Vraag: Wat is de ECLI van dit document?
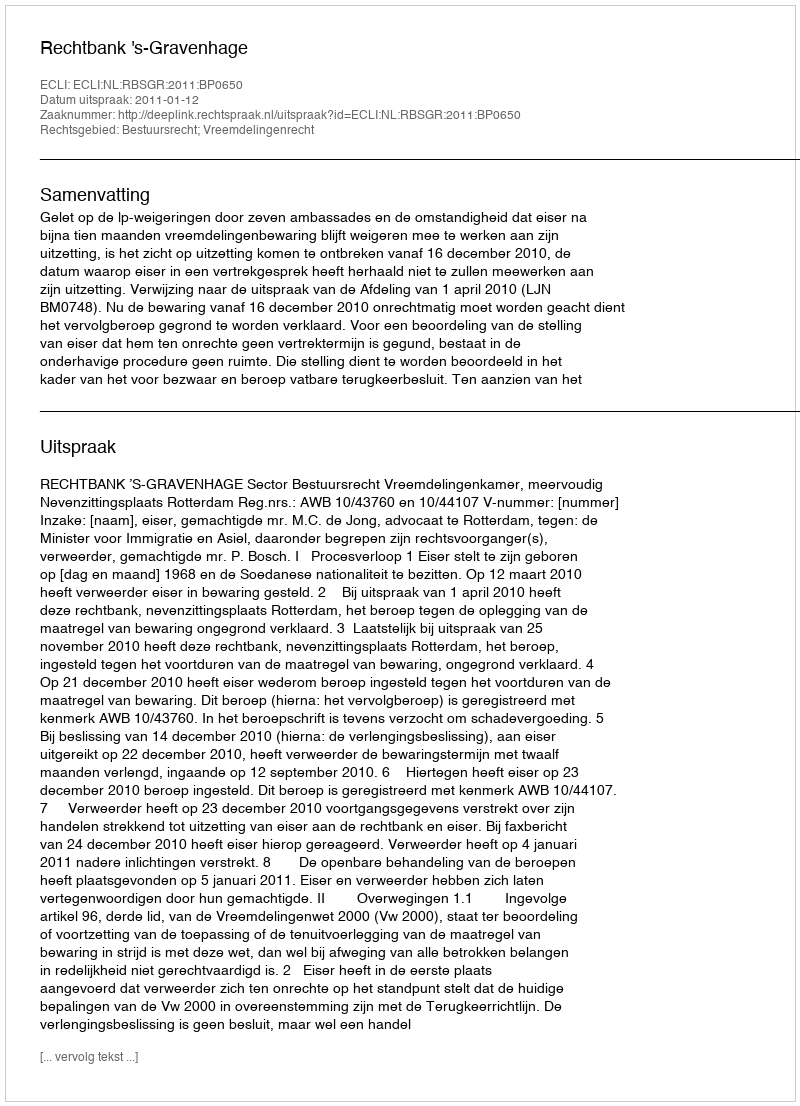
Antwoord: ECLI:NL:RBSGR:2011:BP0650